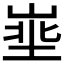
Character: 𪨽